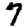
Digit: 7